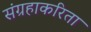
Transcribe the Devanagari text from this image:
संग्रहाकरिता